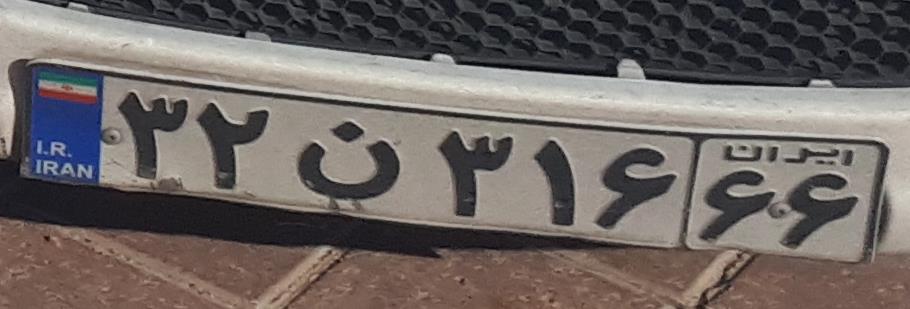
۳۲ن۳۱۶۶۶